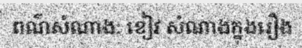
ពណ៌សំណាង: ខៀវ សំណាងក្នុងរឿង